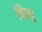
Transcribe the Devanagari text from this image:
चिदणु